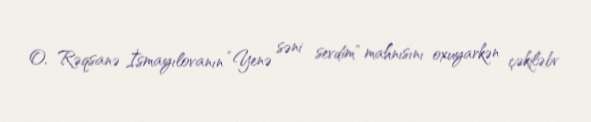
O, Rəqsanə İsmayılovanın “Yenə səni sevdim” mahnısını oxuyarkən çəkiləbv